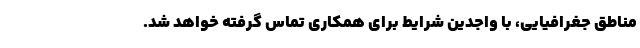
مناطق جغرافیایی، با واجدین شرایط برای همکاری تماس گرفته خواهد شد.